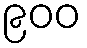
၉၀၀